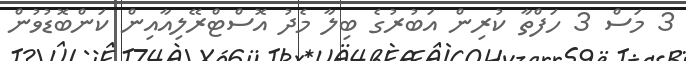
3 މަސް 3 ހަފްތާ ކުރިން އަބުރުގެ ބިލާ މެދު އޮސްޓްރޭލިއާއިން ކަންބޮޑުވުން